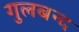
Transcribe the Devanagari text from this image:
गुलबन्द